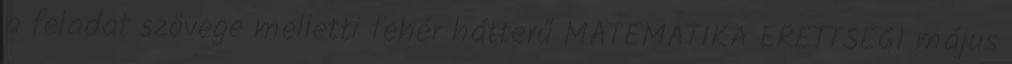
a feladat szövege melletti fehér hátterű MATEMATIKA ÉRETTSÉGI május